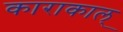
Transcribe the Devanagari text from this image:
काराकाल्